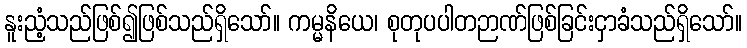
နူးညံ့သည်ဖြစ်၍ဖြစ်သည်ရှိသော်။ ကမ္မနိယေ၊ စုတုပပါတဉာဏ်ဖြစ်ခြင်းငှာခံသည်ရှိသော်။